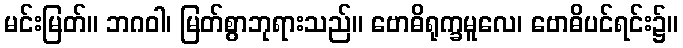
မင်းမြတ်။ ဘဂဝါ၊ မြတ်စွာဘုရားသည်။ ဗောဓိရုက္ခမူလေ၊ ဗောဓိပင်ရင်း၌။